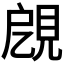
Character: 𧠞